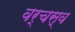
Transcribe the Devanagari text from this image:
वर्चस्‍व